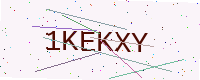
Text: 1KEKXY